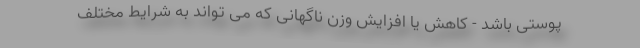
پوستی باشد - کاهش یا افزایش وزن ناگهانی که می تواند به شرایط مختلف